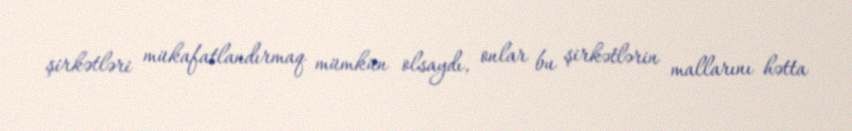
şirkətləri mükafatlandırmaq mümkün olsaydı, onlar bu şirkətlərin mallarını hətta